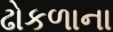
ઢોકળાના